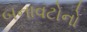
બનાવટોનો